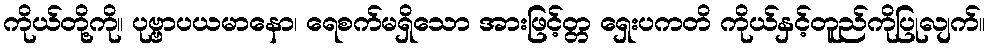
ကိုယ်တို့ကို။ ပုဗ္ဗာပယမာနော၊ ရေစက်မရှိသော အားဖြင့်တ္တ ရှေးပကတိ ကိုယ်နှင့်တူည်ကိုပြုလျက်။